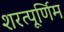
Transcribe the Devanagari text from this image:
शरत्पूर्णिम